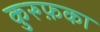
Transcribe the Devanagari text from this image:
कुरुफ़का